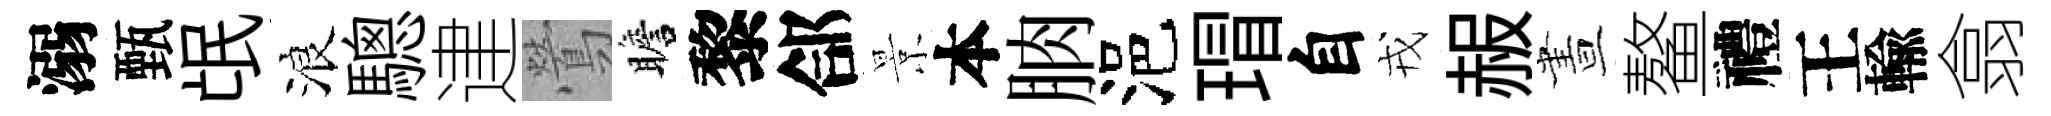
溺甄氓浪驄䢖鶯瞻黎郃景本朒浥瑁自戎赧晝鳌禮王輸翕